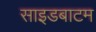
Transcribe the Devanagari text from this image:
साइडबाटम